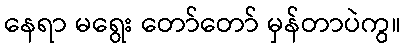
နေရာ မရွေး တော်တော် မှန်တာပဲကွ။